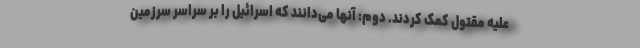
علیه مقتول کمک کردند. دوم: آنها می‌دانند که اسرائیل را بر سراسر سرزمین